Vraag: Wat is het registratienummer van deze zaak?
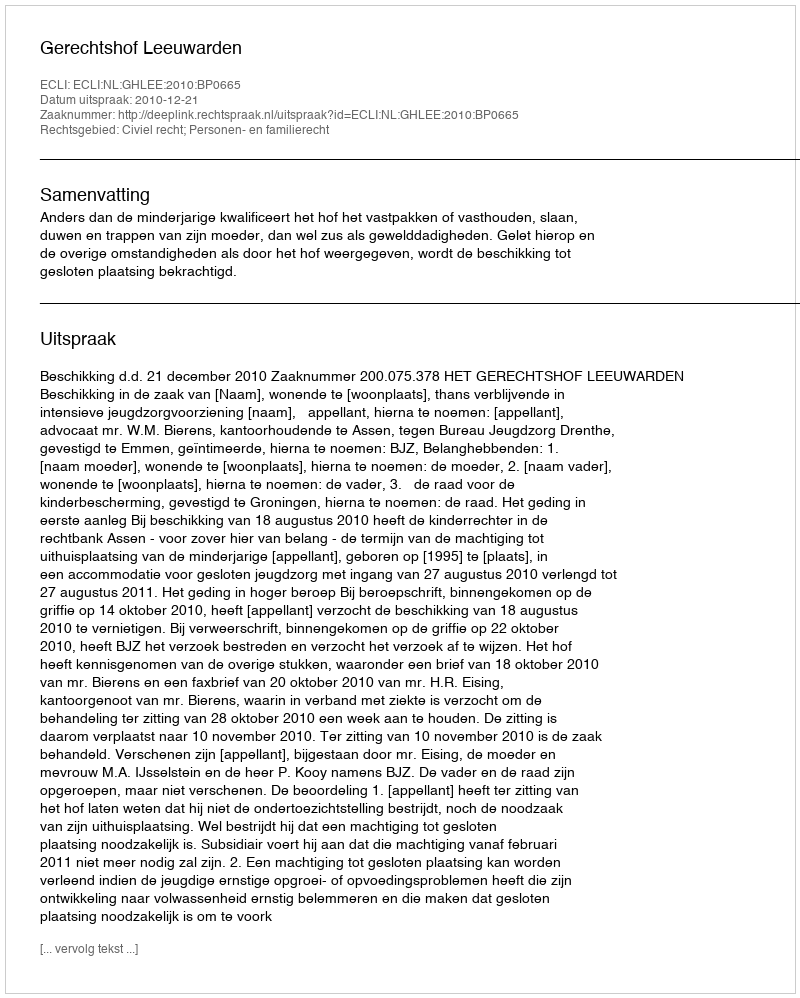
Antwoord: http://deeplink.rechtspraak.nl/uitspraak?id=ECLI:NL:GHLEE:2010:BP0665